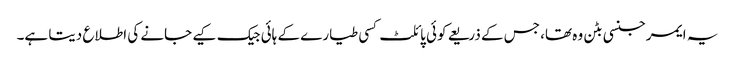
یہ ایمرجنسی بٹن وہ تھا، جس کے ذریعے کوئی پائلٹ کسی طیارے کے ہائی جیک کیے جانے کی اطلاع دیتا ہے۔